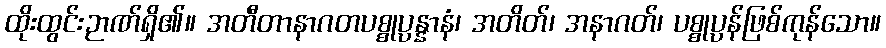
ထိုးထွင်းဉာဏ်ရှိ၏။ အတီတာနာဂတပစ္စုပ္ပန္နာနံ၊ အတိတ်၊ အနာဂတ်၊ ပစ္စုပ္ပန်ဖြစ်ကုန်သော။